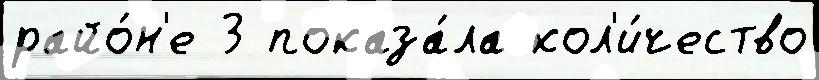
райо́н'е 3 показа́ла кол'и́чество